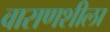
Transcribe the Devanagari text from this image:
वाराणशीला